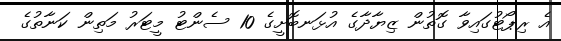
އެ ރިޕޯޓުގައިވާ ގޮތުން ޒިޔާދާގެ އުޅަނބޮށީގެ 10 ސެންޓު މީޓަރު މަތިން ކަނާތުގެ